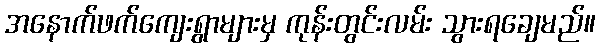
အနောက်ဖက်ကျေးရွာများမှ ကုန်းတွင်းလမ်း သွားရချေမည်။